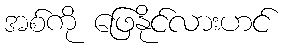
အစ်ကို ဖြေနိုင်လားဟင်